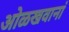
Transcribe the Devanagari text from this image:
ओळखवानां